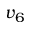
v _ { 6 }